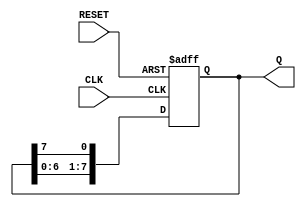
module ROTATE(CLK, RESET, Q);
    input CLK, RESET;
    output [7:0] Q;

    reg [7:0] Q;

    always @(posedge CLK or negedge RESET)
        begin
            if (!RESET)
                Q <= {8'h80};
            else
                Q <= {Q[6:0], Q[7]};
        end
endmodule